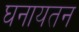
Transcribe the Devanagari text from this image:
घनायतन